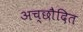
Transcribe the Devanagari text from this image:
अच्छाैदित